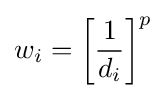
w_{i}=\left[{\frac {1}{d_{i}}}\right]^{p}